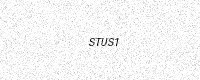
Text: STUS1